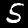
Label: 5